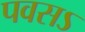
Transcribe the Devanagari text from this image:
पवसऽ